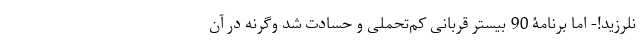
نلرزید!- اما برنامۀ 90 بیستر قربانی کم‌تحملی و حسادت شد وگرنه در آن